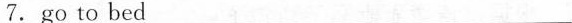
7.go to bed_______________